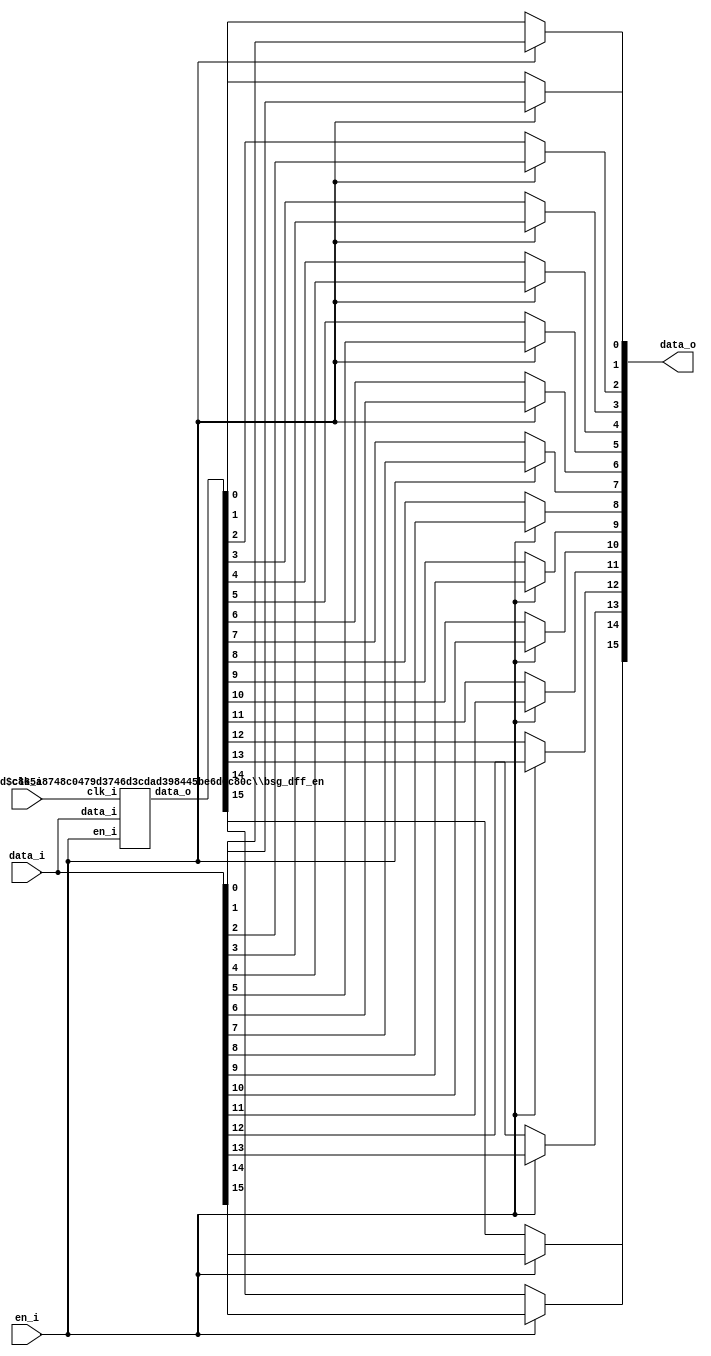
// This program was cloned from: https://github.com/chipsalliance/UHDM-integration-tests
// License: Apache License 2.0

/* Generated by Yosys 0.27+9 (git sha1 101d19bb6, gcc 11.2.0-7ubuntu2 -fPIC -Os) */


module \$paramod$c865a8748c0479d3746d3cdad398445be6d0c80c\bsg_dff_en (clk_i, data_i, en_i, data_o);
  
  input clk_i;
  wire clk_i;
  
  input [15:0] data_i;
  wire [15:0] data_i;
  
  output [15:0] data_o;
  wire [15:0] data_o;
  
  reg [15:0] data_r;
  
  input en_i;
  wire en_i;
  (* \always_ff  = 32'd1 *)
  
  always @(posedge clk_i)
    if (en_i) data_r[0] <= data_i[0];
  (* \always_ff  = 32'd1 *)
  
  always @(posedge clk_i)
    if (en_i) data_r[1] <= data_i[1];
  (* \always_ff  = 32'd1 *)
  
  always @(posedge clk_i)
    if (en_i) data_r[2] <= data_i[2];
  (* \always_ff  = 32'd1 *)
  
  always @(posedge clk_i)
    if (en_i) data_r[3] <= data_i[3];
  (* \always_ff  = 32'd1 *)
  
  always @(posedge clk_i)
    if (en_i) data_r[4] <= data_i[4];
  (* \always_ff  = 32'd1 *)
  
  always @(posedge clk_i)
    if (en_i) data_r[5] <= data_i[5];
  (* \always_ff  = 32'd1 *)
  
  always @(posedge clk_i)
    if (en_i) data_r[6] <= data_i[6];
  (* \always_ff  = 32'd1 *)
  
  always @(posedge clk_i)
    if (en_i) data_r[7] <= data_i[7];
  (* \always_ff  = 32'd1 *)
  
  always @(posedge clk_i)
    if (en_i) data_r[8] <= data_i[8];
  (* \always_ff  = 32'd1 *)
  
  always @(posedge clk_i)
    if (en_i) data_r[9] <= data_i[9];
  (* \always_ff  = 32'd1 *)
  
  always @(posedge clk_i)
    if (en_i) data_r[10] <= data_i[10];
  (* \always_ff  = 32'd1 *)
  
  always @(posedge clk_i)
    if (en_i) data_r[11] <= data_i[11];
  (* \always_ff  = 32'd1 *)
  
  always @(posedge clk_i)
    if (en_i) data_r[12] <= data_i[12];
  (* \always_ff  = 32'd1 *)
  
  always @(posedge clk_i)
    if (en_i) data_r[13] <= data_i[13];
  (* \always_ff  = 32'd1 *)
  
  always @(posedge clk_i)
    if (en_i) data_r[14] <= data_i[14];
  (* \always_ff  = 32'd1 *)
  
  always @(posedge clk_i)
    if (en_i) data_r[15] <= data_i[15];
  assign data_o = data_r;
endmodule

(* top =  1  *)

module bsg_dff_en_bypass(clk_i, en_i, data_i, data_o);
  
  input clk_i;
  wire clk_i;
  
  input [15:0] data_i;
  wire [15:0] data_i;
  
  output [15:0] data_o;
  wire [15:0] data_o;
  
  wire [15:0] data_r;
  
  input en_i;
  wire en_i;
  assign data_o[0] = en_i ? data_i[0] : data_r[0];
  assign data_o[1] = en_i ? data_i[1] : data_r[1];
  assign data_o[2] = en_i ? data_i[2] : data_r[2];
  assign data_o[3] = en_i ? data_i[3] : data_r[3];
  assign data_o[4] = en_i ? data_i[4] : data_r[4];
  assign data_o[5] = en_i ? data_i[5] : data_r[5];
  assign data_o[6] = en_i ? data_i[6] : data_r[6];
  assign data_o[7] = en_i ? data_i[7] : data_r[7];
  assign data_o[8] = en_i ? data_i[8] : data_r[8];
  assign data_o[9] = en_i ? data_i[9] : data_r[9];
  assign data_o[10] = en_i ? data_i[10] : data_r[10];
  assign data_o[11] = en_i ? data_i[11] : data_r[11];
  assign data_o[12] = en_i ? data_i[12] : data_r[12];
  assign data_o[13] = en_i ? data_i[13] : data_r[13];
  assign data_o[14] = en_i ? data_i[14] : data_r[14];
  assign data_o[15] = en_i ? data_i[15] : data_r[15];
  (* module_not_derived = 32'd1 *)
  
  \$paramod$c865a8748c0479d3746d3cdad398445be6d0c80c\bsg_dff_en  dff (
    .clk_i(clk_i),
    .data_i(data_i),
    .data_o(data_r),
    .en_i(en_i)
  );
endmodule